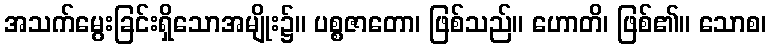
အသက်မွေးခြင်းရှိသောအမျိုး၌။ ပစ္စဇာတော၊ ဖြစ်သည်။ ဟောတိ၊ ဖြစ်၏။ သောစ၊